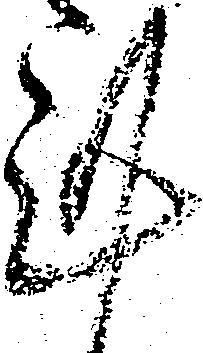
謹